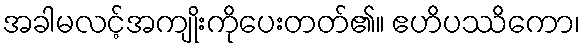
အခါမလင့်အကျိုးကိုပေးတတ်၏။ ဧဟိပဿိကော၊